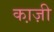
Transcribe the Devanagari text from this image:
का़ज़ी